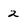
Character: 2